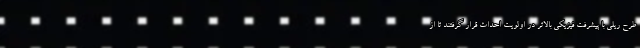
طرح ریلی با پیشرفت فیزیکی بالاتر در اولویت احداث قرار گرفتند تا از